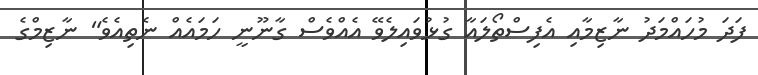
ފަދަ މުހައްމަދު ނާޒިމާއި އެފިސްތޯލައާ ގުޅުވައިލެވޭ އެއްވެސް ގާނޫނީ ހަމައެއް ނެތިއެވެ" ނާޒިމްގެ